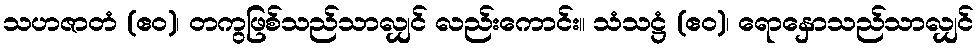
သဟဇာတံ (ဧဝ)၊ တကွဖြစ်သည်သာလျှင် လည်းကောင်း။ သံသဋ္ဌံ (ဧဝ)၊ ရောနှောသည်သာလျှင်